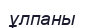
ұлпаны